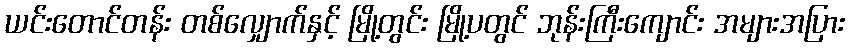
ယင်းတောင်တန်း တစ်လျှောက်နှင့် မြို့တွင်း မြို့ပတွင် ဘုန်းကြီးကျောင်း အများအပြား